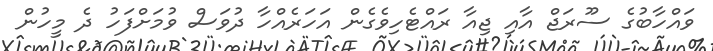
ވައްހާބުގެ ސޫރަޖް އާއި ޖިއާ ރައްޓެހިވެގެން އަހަރެއްހާ ދުވަސް ވުމަށްފަހު ދެ މީހުން